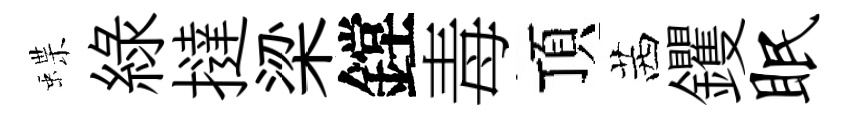
蝶綠撻梁鏜毒頂茜钁眠